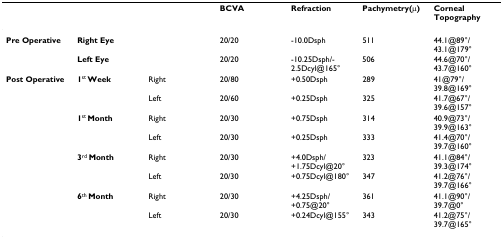
<table><thead><tr><td></td><td></td><td></td><td><b>BCVA</b></td><td><b>Refraction</b></td><td><b>Pachymetry(μ)</b></td><td><b>Corneal Topography</b></td></tr></thead><tbody><tr><td><b>Pre Operative</b></td><td><b>Right Eye</b></td><td></td><td>20/20</td><td>-10.0Dsph</td><td>511</td><td>44.1@89°/43.1@179°</td></tr><tr><td></td><td><b>Left Eye</b></td><td></td><td>20/20</td><td>-10.25Dsph/-2.5Dcyl@165°</td><td>506</td><td>44.6@70°/43.7@160°</td></tr><tr><td><b>Post Operative</b></td><td><b>1</b><sup>st </sup><b>Week</b></td><td>Right</td><td>20/80</td><td>+0.50Dsph</td><td>289</td><td>41@79°/39.8@169°</td></tr><tr><td></td><td></td><td>Left</td><td>20/60</td><td>+0.25Dsph</td><td>325</td><td>41.7@67°/39.6@157°</td></tr><tr><td></td><td><b>1</b><sup>st </sup><b>Month</b></td><td>Right</td><td>20/30</td><td>+0.75Dsph</td><td>314</td><td>40.9@73°/39.9@163°</td></tr><tr><td></td><td></td><td>Left</td><td>20/30</td><td>+0.25Dsph</td><td>333</td><td>41.4@70°/39.7@160°</td></tr><tr><td></td><td><b>3</b><sup>rd </sup><b>Month</b></td><td>Right</td><td>20/30</td><td>+4.0Dsph/+1.75Dcyl@20°</td><td>323</td><td>41.1@84°/39.3@174°</td></tr><tr><td></td><td></td><td>Left</td><td>20/30</td><td>+0.75Dcyl@180°</td><td>347</td><td>41.2@76°/39.7@166°</td></tr><tr><td></td><td><b>6</b><sup>th </sup><b>Month</b></td><td>Right</td><td>20/30</td><td>+4.25Dsph/+0.75@20°</td><td>361</td><td>41.1@90°/39.7@0°</td></tr><tr><td></td><td></td><td>Left</td><td>20/30</td><td>+0.24Dcyl@155°</td><td>343</td><td>41.2@75°/39.7@165°</td></tr></tbody></table>